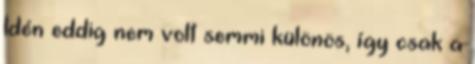
Idén eddig nem volt semmi különös, így csak a